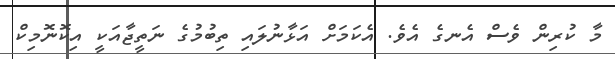
މާ ކުރިން ވެސް އެނގެ އެވެ. އެކަމަށް އަޅާނުލައި ތިބުމުގެ ނަތީޖާއަކީ އިކޮނޮމިކް